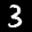
Label: 3